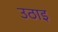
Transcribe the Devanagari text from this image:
उठाइ